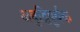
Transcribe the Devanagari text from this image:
अबुद्धिपूर्वक